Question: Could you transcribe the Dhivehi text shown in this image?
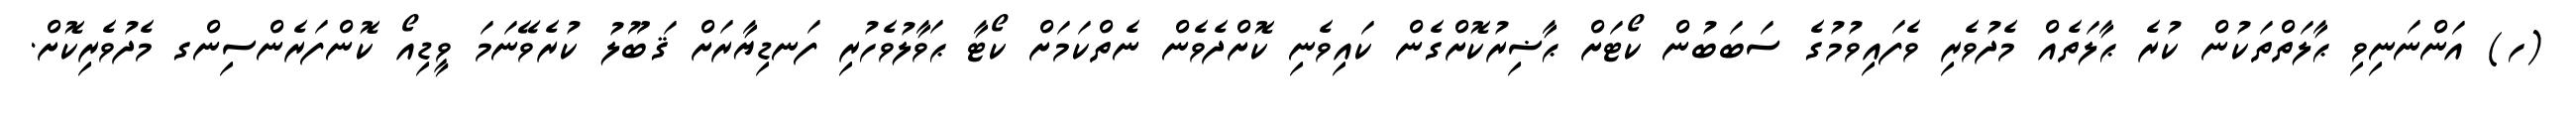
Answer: (ހ) އަންނަނިވި ޙާލަތްތަކުން ކުރެ ޙާލަތެއް މެދުވެރި ވެފައިވުމުގެ ސަބަބުން ކޯޓަށް ޙާޟިރުކޮށްގެން ކައިވެނި ކޮށްދެވެން ނެތްކަމަށް ކޯޓާ ޙަވާލުވެހުރި ފަނޑިޔާރަށް ޤަބޫލު ކުރެވޭނަމަ ވީޑިއޯ ކޮންފަރެންސިންގ މެދުވެރިކޮށް.